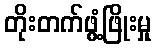
တိုးတက်ဖွံ့ဖြိုးမှု